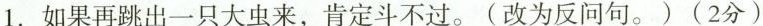
1.如果再跳出一只大虫来，肯定斗不过。(改为反问句。)(2分)